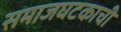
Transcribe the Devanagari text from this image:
समाजघटकाची